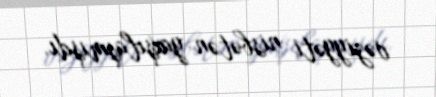
vəziyyəti nisbətən yaxşılaşmışdı.